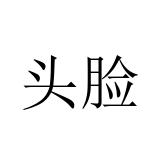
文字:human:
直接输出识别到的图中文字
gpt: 头脸